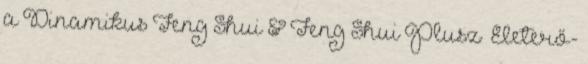
a Dinamikus Feng Shui & Feng Shui Plusz™ Életerő-